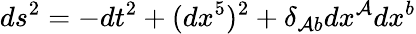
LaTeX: ds^{2}=-dt^{2}+(dx^{5})^{2}+\delta_{\mathcal{A}b}dx^{\mathcal{A}}dx^{b}